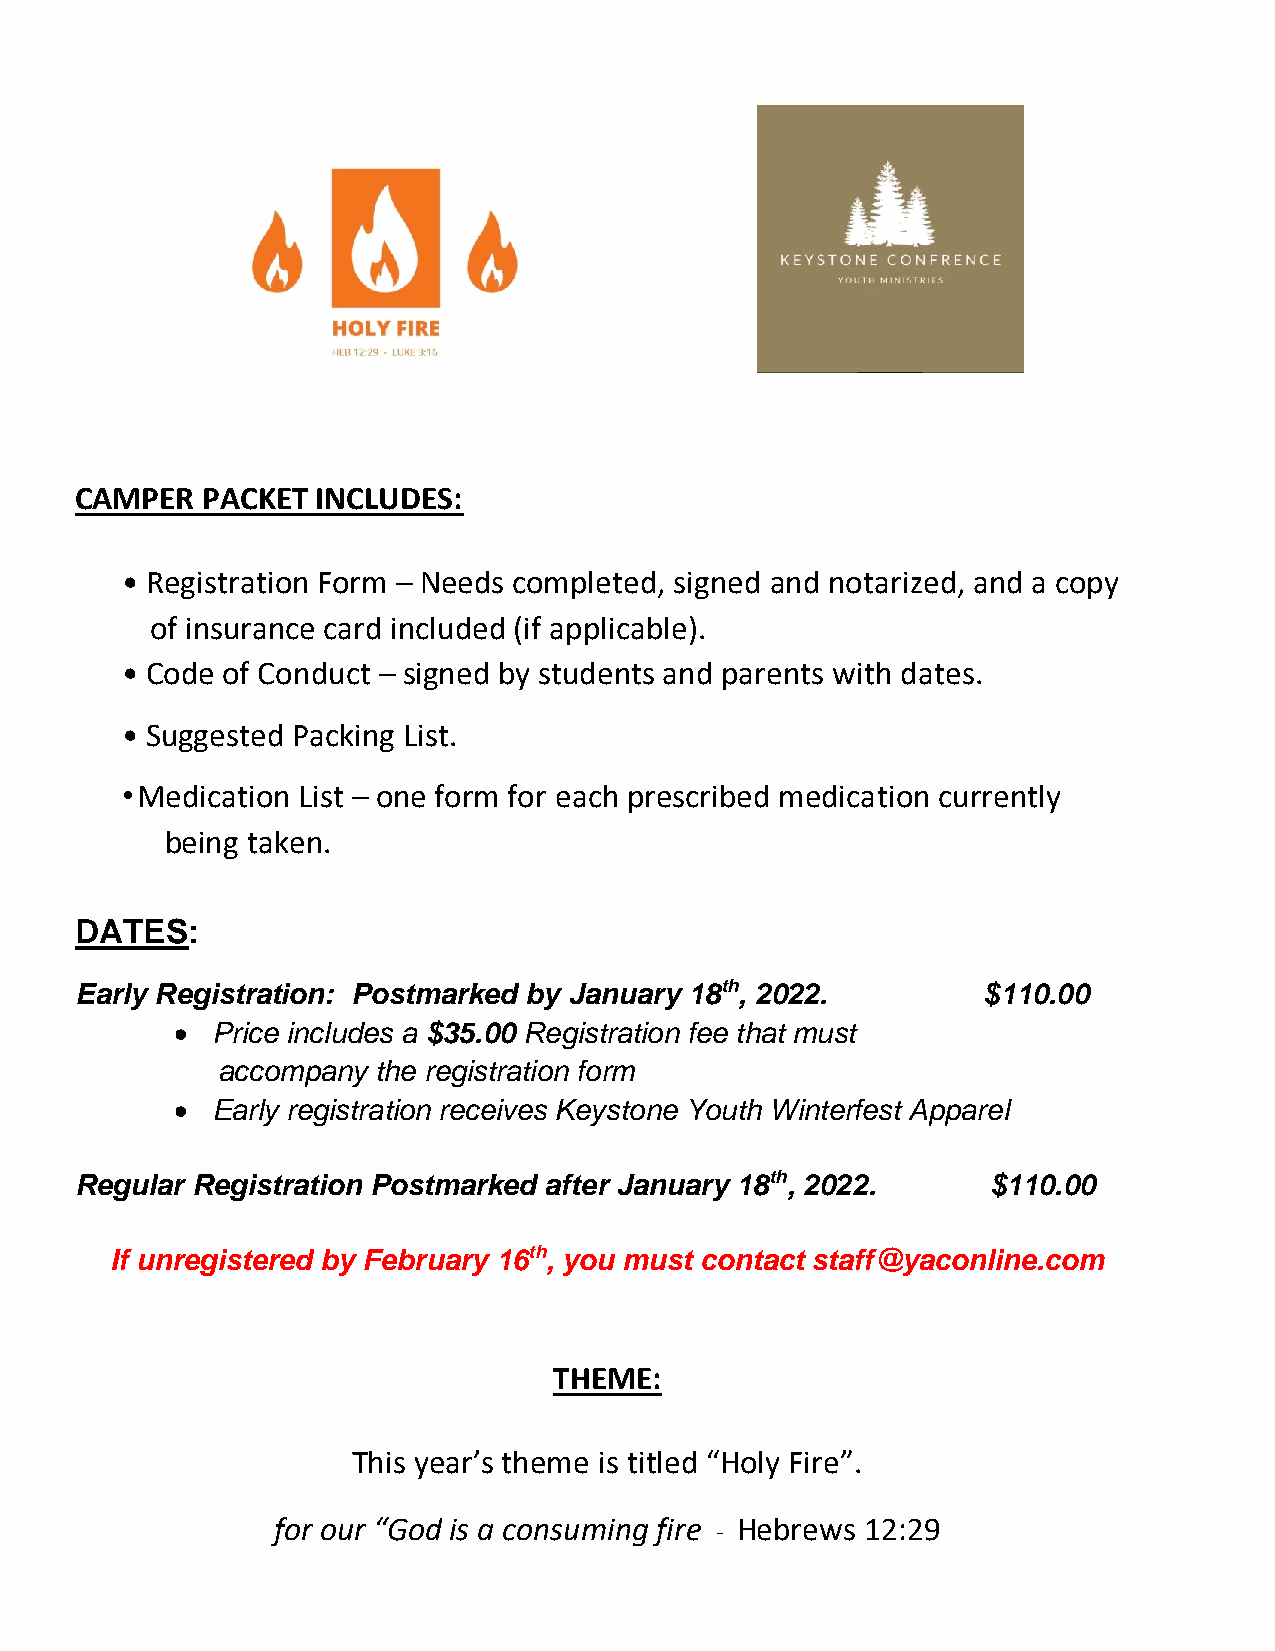
CAMPER  PACKET  INCLUDES:
 • Registration Form – Needs completed, signed and notarized, and a copy
 of insurance card included (if applicable).
 • Code of Conduct – signed by students and parents with dates.
 • Suggested Packing List.
 • Medication List – one form for each prescribed medication currently
 being taken.
 DATES:
 Early Registration: Postmarked by January 18th, 2022.       $110.00
 • Price includes a $35.00 Registration fee that must
 accompany  the registration form
 • Early registration receives Keystone Youth Winterfest Apparel
 Regular Registration Postmarked after January 18th, 2022.    $110.00
 If unregistered by February 16th, you must contact staff@yaconline.com
 THEME:
 This year’s theme is titled “Holy Fire”.
 for our “God is a consuming fire Hebrews 12:29
 -